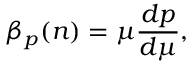
\beta _ { p } ( n ) = \mu \frac { d p } { d \mu } ,